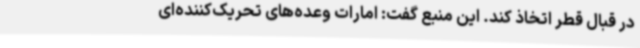
در قبال قطر اتخاذ کند. این منبع گفت: امارات وعده‌های تحریک‌کننده‌ای